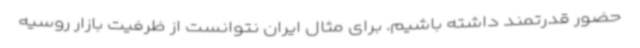
حضور قدرتمند داشته باشیم. برای مثال ایران نتوانست از ظرفیت بازار روسیه